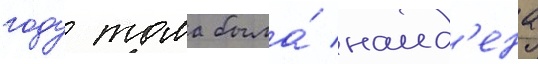
году тома была́ наид'ена